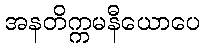
အနတိက္ကမနီယောပေ